Vaccination in Bombay 1869-1873 - 1869-1873
Year: 1869
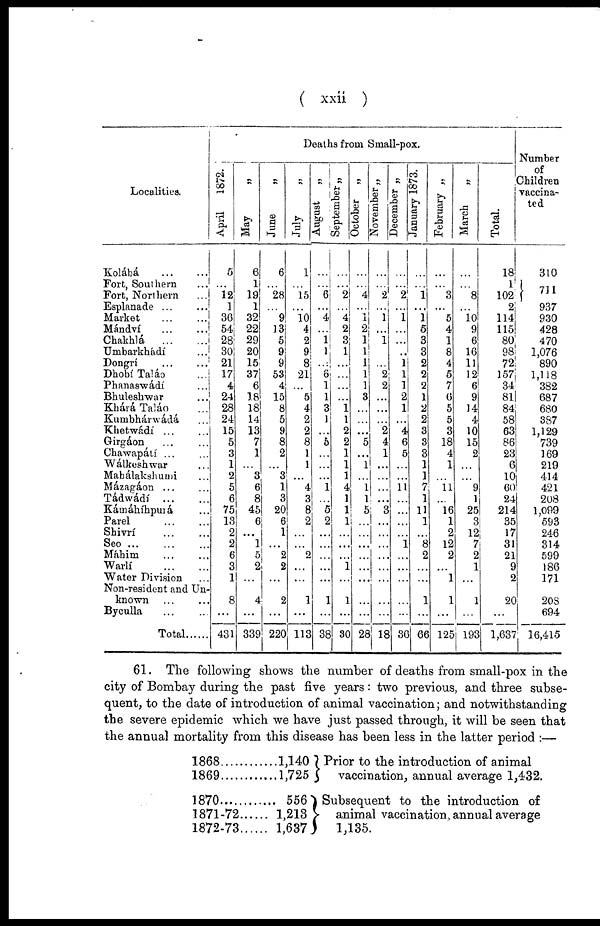
( xxii )
Localities.
Kolábá
...
...
Fort, Southern ...
Fort, Northern ...
Esplanade ... ...
Market ... ...
Mándví ... ...
Chakhlá
...
...
Umbarkhadí ...
Dongri
...
...
Dhobí Taláo ...
Phanaswádí ...
Bhuleshwar ...
Khárá Taláo ...
Kumbhár-wádá ...
Khetwádí...
...
Girgáon ... ...
Chawapátí ... ...
Wálkeshwar ...
Mahálakshumi ...
Mázagáon ... ...
TádWádí
...
...
Kámáhíhpurá ...
Parel
...
...
Shivrí ... ...
Seo...
...
...
Máhim ... ...
Warlí
...
...
Water Division ...
Non-resident and Un-
known ... ...
Byculla ... ...
Total......
Deaths from Small-pox.
April
1872.
5
...
12
1
36
54
28
30
21
17
4
24
28
24
15
5
3
1
2
5
6
75
13
2
2
6
3
1
8
...
431
May
„
6
1
19
1
32
22
29
20
15
37
6
18
18
14
13
7
1
...
3
6
8
45
6
...
...
5
2
...
4
...
339
June
„
6
...
28
...
9
13
5
9
9
53
4
15
8
5
9
8
2
...
3
1
3
20
6
1
...
2
2
...
2
...
220
July
„
1
...
15
...
10
4
2
9
8
21
...
5
4
2
2
8
1
1
...
4
3
8
2
...
...
2
...
...
1
...
113
August „
...
... 6
...
4
...
1
1
...
6
1
1
3
1
...
5
...
...
...
1
...
5
2
...
...
...
...
...
1
...
38
September „
...
...
2
...
4
2
3
1
...
...
...
...
1 1
2
2
1
1
1
4
1
1
1
...
...
...
1
...
1
...
30
October „
...
...
4
...
1
2
1
1
1
1
1
3
...
...
...
5
...
1
...
1 1
5
...
...
...
...
...
...
...
...
28
November „
...
...
2
...
1
...
1
...
...
2
2
...
...
...
2
4
1
...
...
...
...
3
...
...
...
...
...
...
...
...
18
December „
...
...
2
...
1
...
...
..
1
1
1
2
1
...
4
6
5
...
...
11
...
...
...
...
1
...
...
...
...
...
36
January 1873.
...
...
1
...
1
5
3
3
2
2
2
1
2
2
3
3
3
1
1
7
1
11
1
...
8
2
...
...
1
...
66
February „
...
...
3
...
5
4
1
8
4
5
7
6
5
5
3
18
4
1
...
11
...
16
1
2
12
2
...
1
1
...
125
March
„
...
...
8
...
10 9
6
16
11
12
6
9
14
4
10
15
2
...
...
9
1
25
3
12
7
2
1
...
1
...
193
Total.
18
1
102
2
114
115
80
98
72
157
34
81
84
58
63
86
23
6
10
60
24
214
35
17
31
21
9
2
20
...
1,637
Number
of
Children
vaccina-
ted
310
711
937
930
428
470
1,076
890
1,118
382
687
680
387
1,129
739
169
219
414
421
208
1,099
593
246
314
599
186
171
208
694
16,415
61. The following shows the number of deaths from small-pox in the
city of Bombay during the past five years : two previous, and three subse-
quent, to the date of introduction of animal vaccination; and notwithstanding
the severe epidemic which we have just passed through, it will be seen that
the annual mortality from this disease has been less in the latter period :—
1868
1869
1870 ...........
1871-72
1872-73
1,140
1,725
556
1,213
1,637
Prior to the introduction of animal
vaccination, annual average 1,432.
Subsequent to the introduction of
animal vaccination, annual average
1,135.